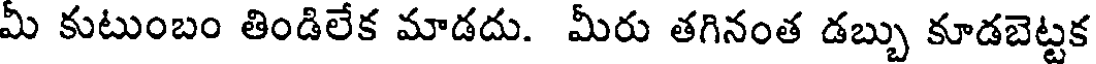
మీ కుటుంబం తిండిలేక మాడదు. మీరు తగినంత డబ్బు కూడబెట్టక